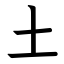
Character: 土